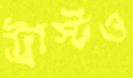
ট্রাস্টও